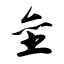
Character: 垒